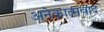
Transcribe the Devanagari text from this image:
अनेकात्मवाद